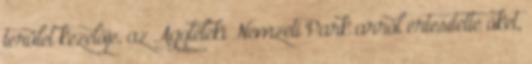
terület kezelője, az Aggteleki Nemzeti Park arról értesítette őket,